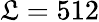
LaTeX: \mathfrak{L}=512